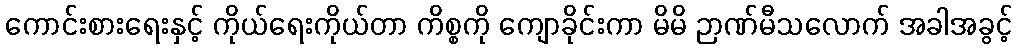
ကောင်းစားရေးနှင့် ကိုယ်ရေးကိုယ်တာ ကိစ္စကို ကျောခိုင်းကာ မိမိ ဉာဏ်မီသလောက် အခါအခွင့်